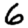
Digit: 6